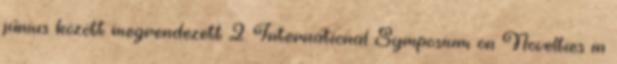
június között megrendezett 2. International Symposium on Novelties in